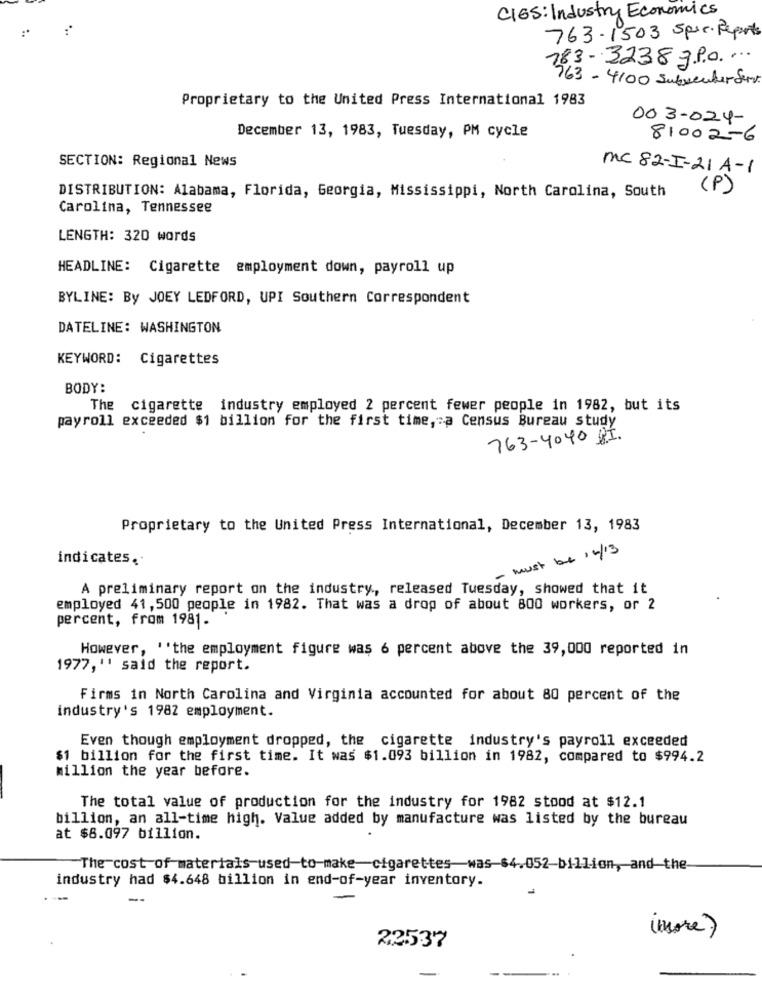
CIGS: Industry Economics
763-1503 Spec. Reports
183- 3238 38.0. ...
963 - 4100 Subseuter Serv.
Proprietary to the United Press International 1983
003-024-
December 13, 1983, Tuesday, PM cycle
81002-6
SECTION: Regional News
mc 82-I-21 A-1
(P)
DISTRIBUTION: Alabama, Florida, Georgia, Mississippi, North Carolina, South
Carolina, Tennessee
LENGTH: 320 words
HEADLINE: Cigarette employment down, payroll up
BYLINE: By JOEY LEDFORD, UPI Southern Correspondent
DATELINE: WASHINGTON
KEYWORD: Cigarettes
BODY:
The cigarette industry employed 2 percent fewer people in 1982, but its
payroll exceeded $1 billion for the first time, a Census Bureau study
763-4040 RI.
Proprietary to the United Press International, December 13, 1983
must be 14 /13
indicates.
A preliminary report on the industry ., released Tuesday, showed that it
employed 41, 500 people in 1982. That was a drop of about 800 workers, or 2
percent, from 1981.
However, ''the employment figure was 6 percent above the 39,000 reported in
1977, " said the report.
Firms in North Carolina and Virginia accounted for about 80 percent of the
industry's 1982 employment.
Even though employment dropped, the cigarette industry's payroll exceeded
$1 billion for the first time. It was $1.093 billion in 1982, compared to $994.2
million the year before.
The total value of production for the industry for 1982 stood at $12.1
billion, an all-time high. Value added by manufacture was listed by the bureau
at $8.097 billion.
"The cost of materials used to make-cigarettes was $4.052-billion, and the
industry had $4.648 billion in end-of-year inventory.
(more )
22537